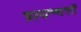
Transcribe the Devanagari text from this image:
प्रायश्चत्तों